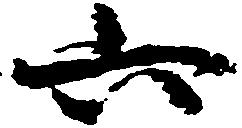
六